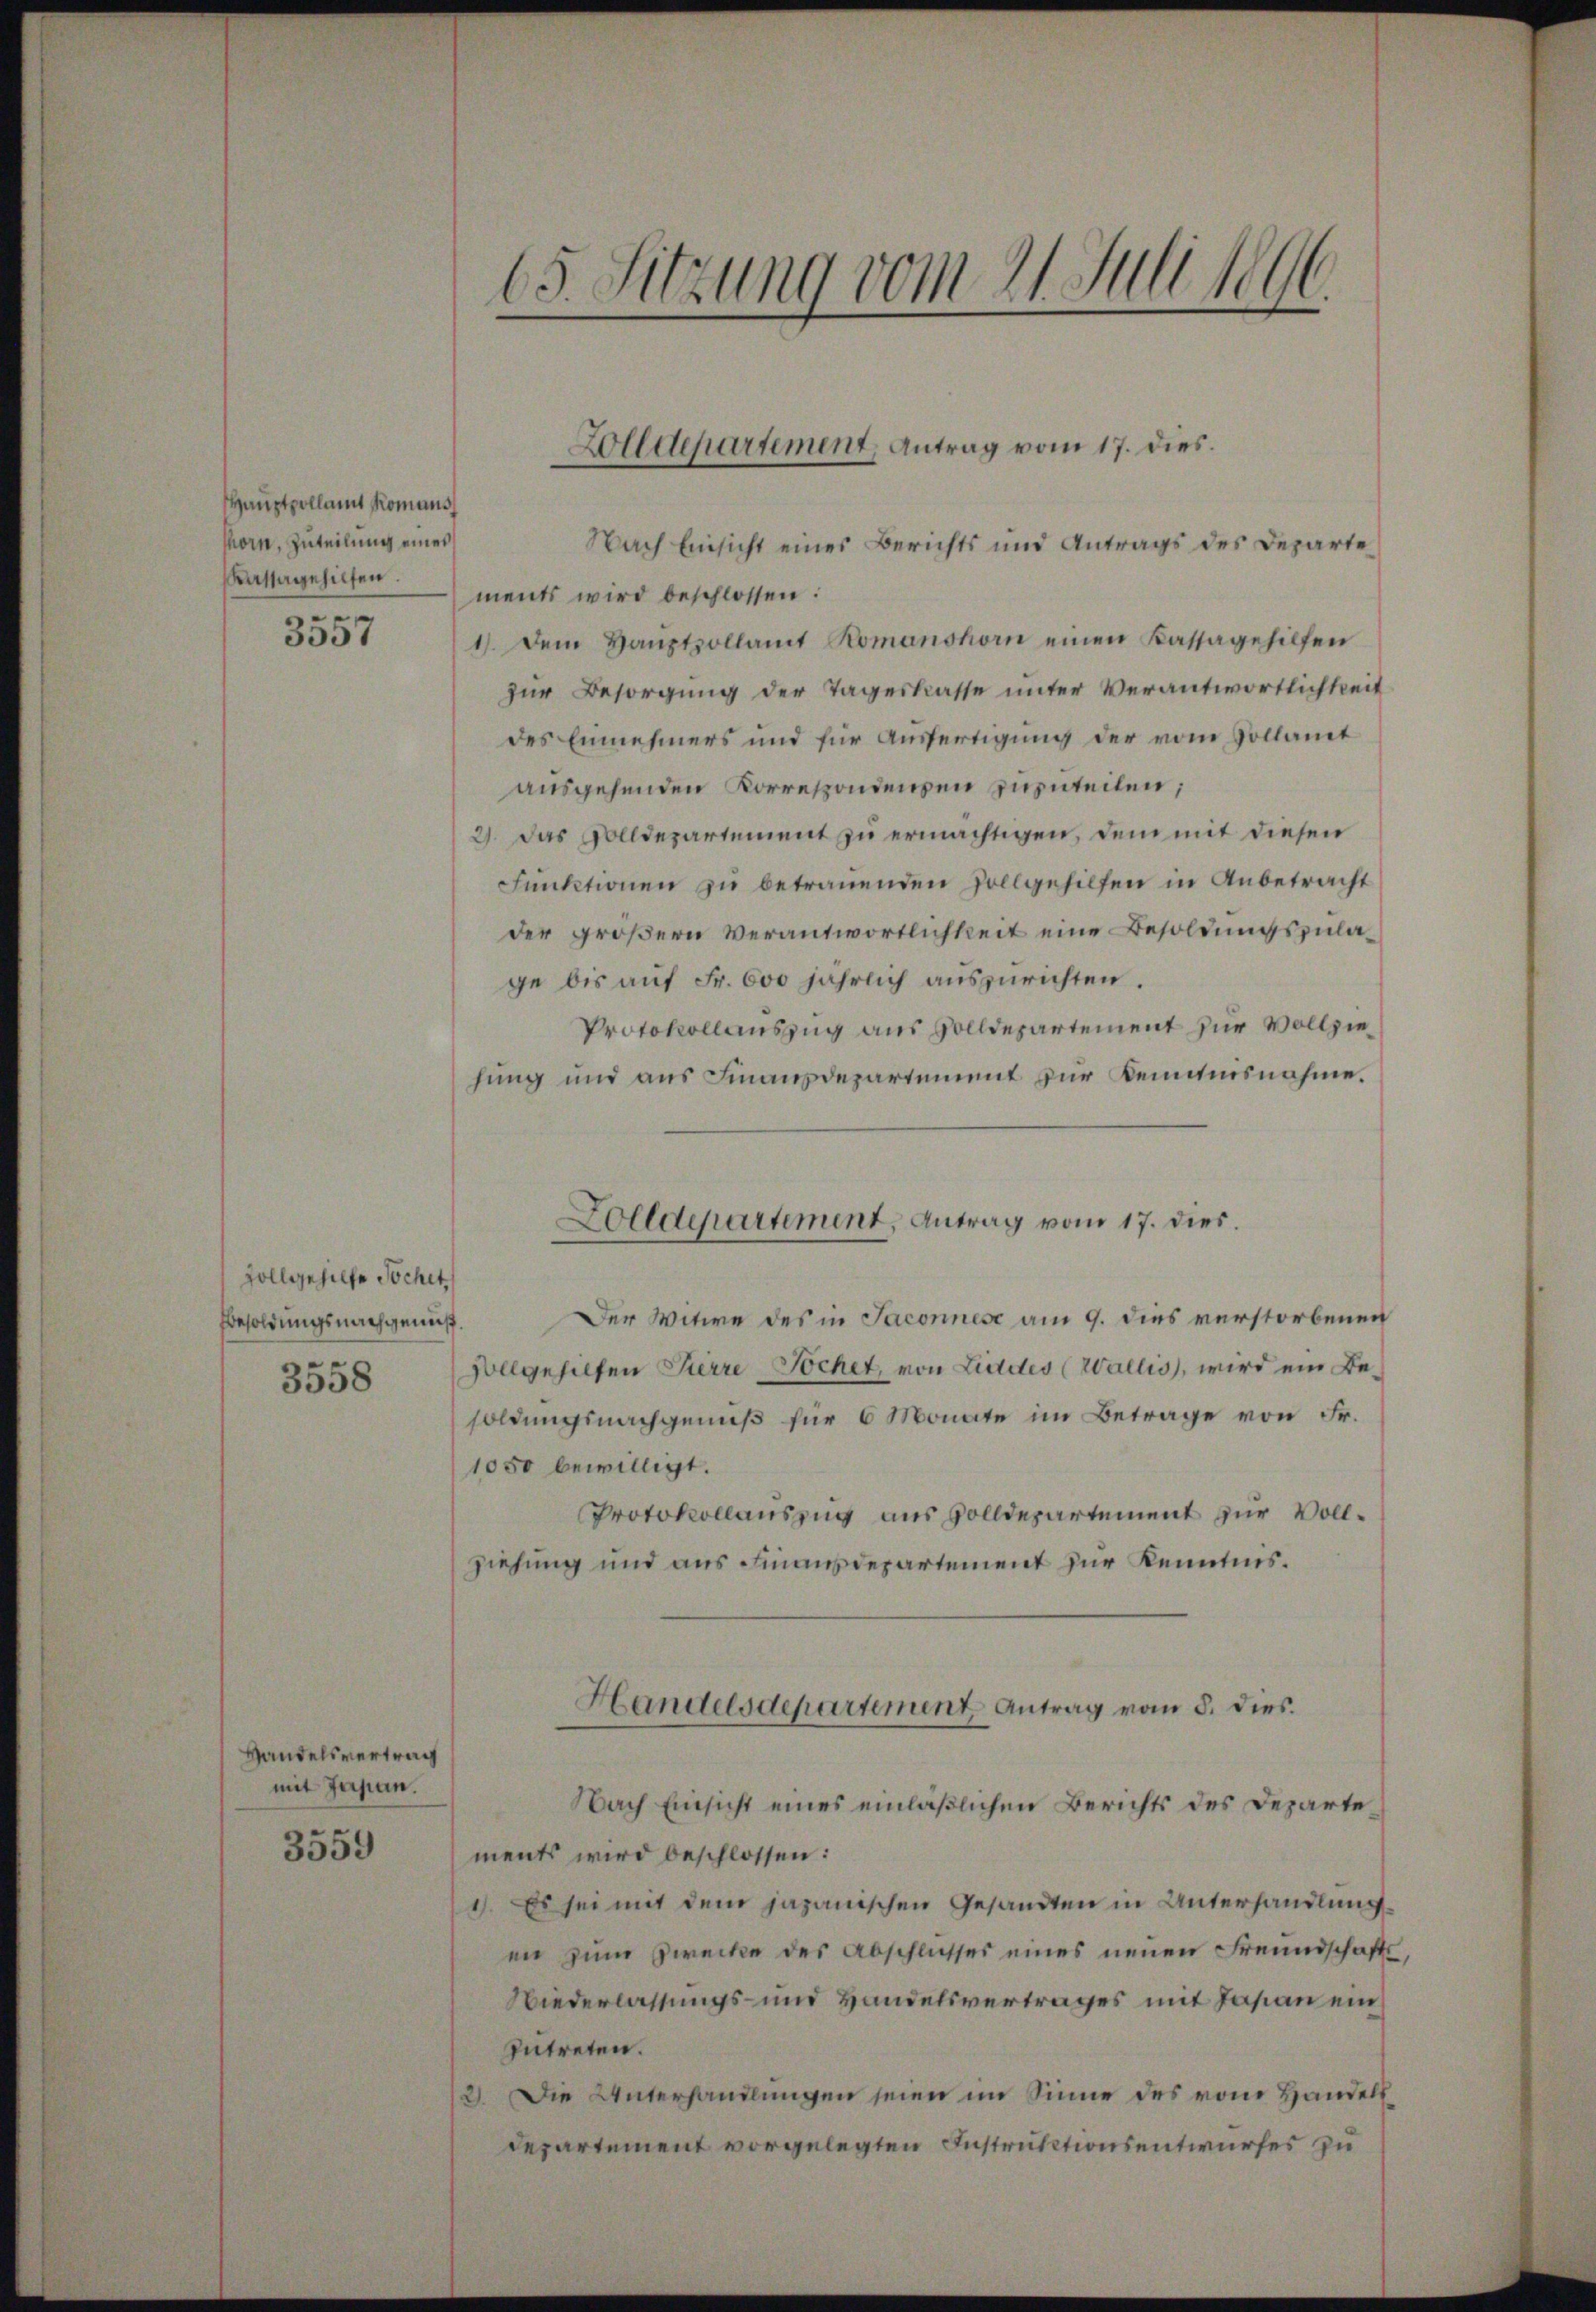
Hauptpollamt Romans
horn, Zuteilung eines
Kastagehilfen.
3557

Zollgehilfe Tochet
Besoldungsnachgemes.
3558

Handelsvertrag
mit Japan.
3559

15. Sitzung vom 21. Juli 1896

Nach Einsicht eines Berichts und Antrags des Departe
ments wird beschlossen:
1). Dem Haŭptpollamt Komanshorn einen Kassagehilfen
zur Besorgung der Tageskasse unter Verantwortlichkeit
des Einnehmers und für Ausfertigung der vom Sollamt
ausgehenden Korrespondensen zuzuteilen;
2). Das Dolldepartement zu ermächtigen, dem mit diesen
Funktionen zu betrauenden Zollgehilfen in Anbetracht
der größern Verantwortlichkeit eine Besoldungszulage bis auf Fr. 600 jährlich auszurichten.
Protokollauszug aus Solldepartement zur Vollziehung und aus Finanzdepartement zur Kenntnisnahme.
Der Witwe des in Jaconnes am 9. dies verstorbenen
vollgehilfen Pierre-Pochet, von Liedes (Wallis, wird ein Besoldungsnachgenuß für 6 Monate im Betrage von Fr.
1050 bewilligt.
Protokollauszug aus solldepartement zur Vollziehung und aus Finanzdepartement zur Kenntnis¬
Handelsdepartement Antrag vom 8. dies
Nach Einsicht eines einläßlichen Berichts des Departements wird beschlossen:
1). Es sei mit dem japanischen Gesandten in Unterhandlung
en zum Zwecke des Abschlusses eines neuen Freundschafts¬
Wiederlassungs- und Handelsvertrages mit Japan ein
zutreten.
2). Die Unterhandlungen seien im Sinne des vom Handels
Departement vorgelegten Instruktionsentwurfes zu

Zolldepartement, Antrag vom 17. dies.

Zolldepartement, Antrag vom 17. dies